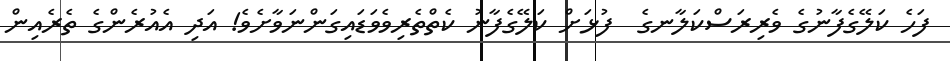
ފަހެ ކަލޭގެފާނުގެ ވެރިރަސްކަލާނގެ  ފުޅަށް ކަލޭގެފާނު ކެތްތެރިވެވަޑައިގަންނަވާށެވެ! އަދި އެއުރެންގެ ތެރެއިން